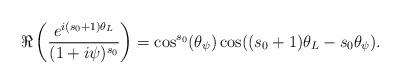
LaTeX: \begin{align*}\Re \left(\frac{e^{i(s_0+1)\theta_L}}{(1+i\psi)^{s_0}}\right) &= \cos^{s_0}(\theta_\psi) \cos((s_0+1)\theta_L-s_0\theta_\psi). \end{align*}